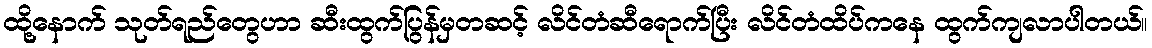
ထို့နောက် သုတ်ရည်တွေဟာ ဆီးထွက်ပြွန်မှတဆင့် လိင်တံဆီရောက်ပြီး လိင်တံထိပ်ကနေ ထွက်ကျလာပါတယ်။